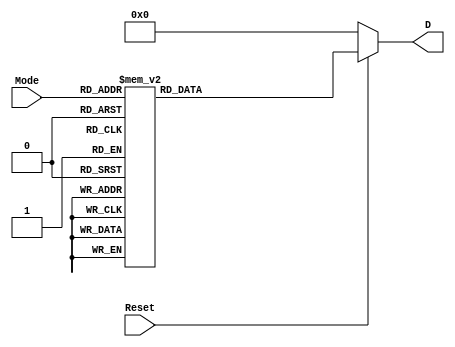
module Mode3_8Decoder(
    input [2:0] Mode,
    input Reset,
    output reg [7:0] D
    );
    always @(*)
    begin
      if(Reset==1)
      begin
      D=8'd0;
       case (Mode)
       3'b000: D=8'd1;
       3'b001: D=8'd2;
       3'b010: D=8'd4;
       3'b011: D=8'd8;
       3'b100: D=8'd16;
       3'b101: D=8'd32;
       3'b110: D=8'd64;
       3'b111: D=8'd128;
       default:D=8'd0;
       endcase
      end
      else
      D=8'd0;
    end
endmodule